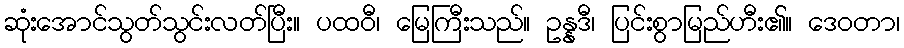
ဆုံးအောင်သွတ်သွင်းလတ်ပြီး။ ပထဝီ၊ မြေကြီးသည်။ ဥန္နဒီ၊ ပြင်းစွာမြည်ဟီး၏။ ဒေဝတာ၊